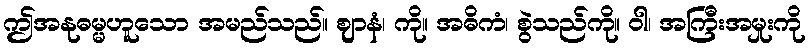
ဤအနုဓမ္မဟူသော အမည်သည်။ ဈာနံ၊ ကို။ အဓိကံ၊ စွဲသည်ကို။ ဝါ၊ အကြီးအမှုးကို